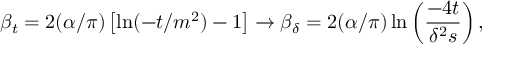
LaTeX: \beta _ { t } = 2 ( \alpha / \pi ) \left[ \ln ( - t / m ^ { 2 } ) - 1 \right] \to \beta _ { \delta } = 2 ( \alpha / \pi ) \ln \left( { \frac { - 4 t } { \delta ^ { 2 } s } } \right) ,